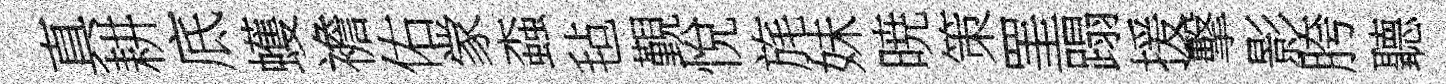
真耕底蠖襜佑䝉螙毡覲悅旄妹暁策罣蹋援擊影胯聽